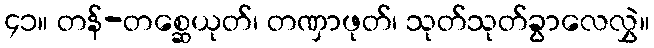
၄၁။ တန်-တစ္ဆေယုတ်၊ တဏှာဖုတ်၊ သုတ်သုတ်ခွာလေလွှဲ။